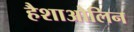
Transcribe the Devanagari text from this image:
हैशाओलिन